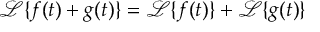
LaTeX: { \mathcal { L } } \{ f ( t ) + g ( t ) \} = { \mathcal { L } } \{ f ( t ) \} + { \mathcal { L } } \{ g ( t ) \}